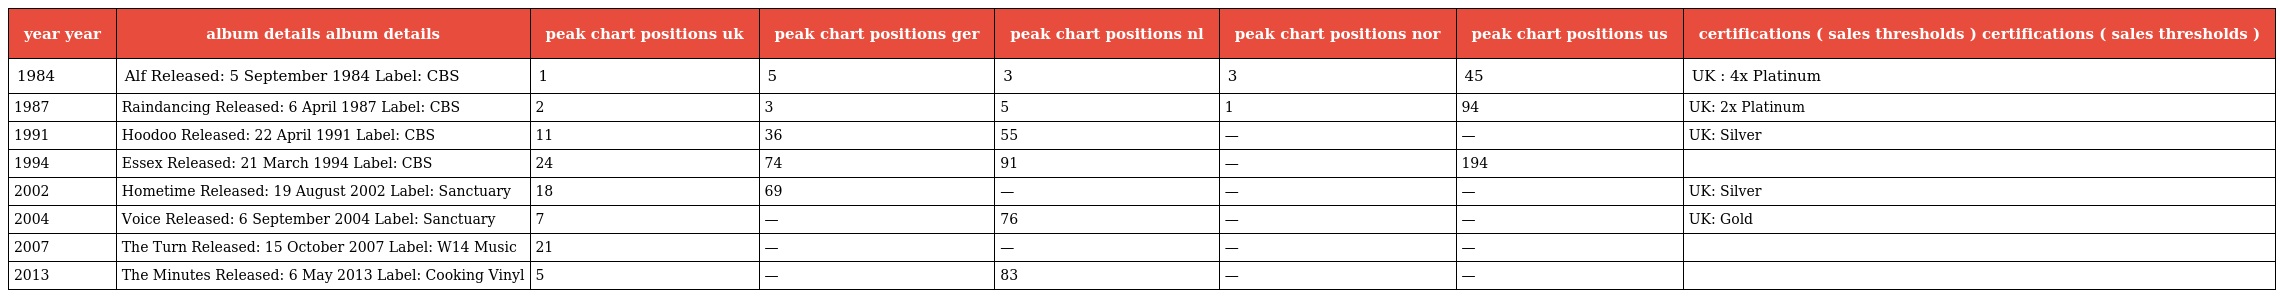
| year year | album details album details | peak chart positions uk | peak chart positions ger | peak chart positions nl | peak chart positions nor | peak chart positions us | certifications ( sales thresholds ) certifications ( sales thresholds ) |
 | --- | --- | --- | --- | --- | --- | --- | --- |
 | 1984 | Alf Released: 5 September 1984 Label: CBS | 1 | 5 | 3 | 3 | 45 | UK : 4x Platinum |
 | 1987 | Raindancing Released: 6 April 1987 Label: CBS | 2 | 3 | 5 | 1 | 94 | UK: 2x Platinum |
 | 1991 | Hoodoo Released: 22 April 1991 Label: CBS | 11 | 36 | 55 | — | — | UK: Silver |
 | 1994 | Essex Released: 21 March 1994 Label: CBS | 24 | 74 | 91 | — | 194 |  |
 | 2002 | Hometime Released: 19 August 2002 Label: Sanctuary | 18 | 69 | — | — | — | UK: Silver |
 | 2004 | Voice Released: 6 September 2004 Label: Sanctuary | 7 | — | 76 | — | — | UK: Gold |
 | 2007 | The Turn Released: 15 October 2007 Label: W14 Music | 21 | — | — | — | — |  |
 | 2013 | The Minutes Released: 6 May 2013 Label: Cooking Vinyl | 5 | — | 83 | — | — |  |